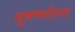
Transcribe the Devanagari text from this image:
सूक्ष्मरीत्या